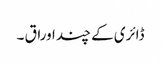
ڈائری کے چند اوراق ۔